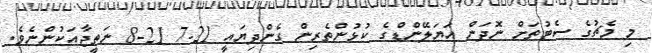
މި މެޗުގެ ސެޓުތަށް ނޮދަން އަޔަލޭންޑްގެ ކުޅުންތެރިން ގެންދިޔައީ 21-7 21-8 ނަތީޖާއަކުންނެވެ.